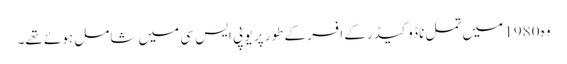
وہ 1980 میں تمل ناڈو کیڈر کے افسر کے طور پر یو پی ایس سی میں شامل ہوئے تھے۔